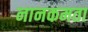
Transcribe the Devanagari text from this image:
नानकमता